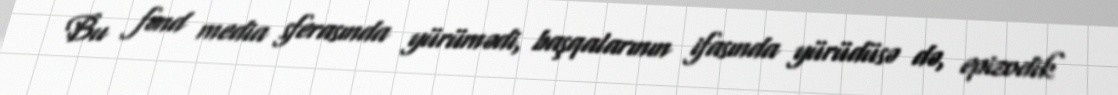
Bu fənd media sferasında yürümədi, başqalarının ifasında yürüdüsə də, epizodik